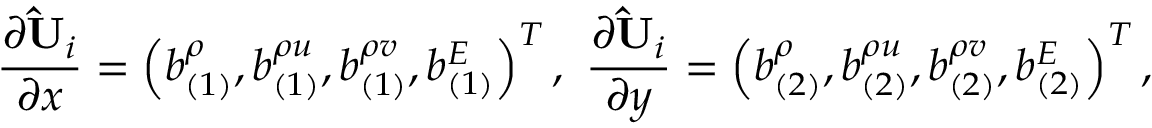
\frac { \partial { \mathbf { \hat { U } } _ { i } } } { \partial x } = \left( b _ { ( 1 ) } ^ { \rho } , b _ { ( 1 ) } ^ { \rho u } , b _ { ( 1 ) } ^ { \rho v } , b _ { ( 1 ) } ^ { E } \right) ^ { T } , \ \frac { \partial { \mathbf { \hat { U } } _ { i } } } { \partial y } = \left( b _ { ( 2 ) } ^ { \rho } , b _ { ( 2 ) } ^ { \rho u } , b _ { ( 2 ) } ^ { \rho v } , b _ { ( 2 ) } ^ { E } \right) ^ { T } ,